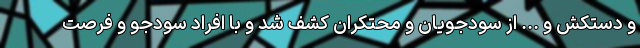
و دستکش و ... از سودجویان و محتکران کشف شد و با افراد سودجو و فرصت